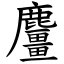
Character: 麠